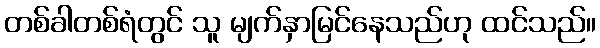
တစ်ခါတစ်ရံတွင် သူ မျက်နှာမြင်နေသည်ဟု ထင်သည်။